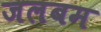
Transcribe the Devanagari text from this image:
जलबम